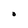
Character: O